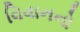
વિવાનનો